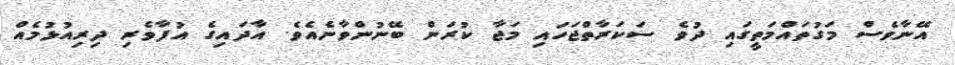
އޭނާވެސް މަގުތައްމަތީގައި ދުވެ ސަކަރާތްޖަހައި މަޖާ ކުރަން ބޭނުންވާނެއެެވެ. އާދައިގެ އުފާވެރި ދިރިއުޅުމެއް